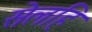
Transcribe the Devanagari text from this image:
सेलहि